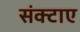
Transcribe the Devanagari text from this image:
संक्टाए